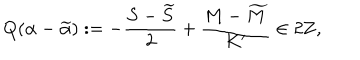
Q ( \alpha - \widetilde { \alpha } ) : = - \frac { S - \widetilde { S } } { 2 } + \frac { M - \widetilde { M } } { K ^ { \prime } } \in 2 { \bf Z } ,